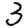
Digit: 3